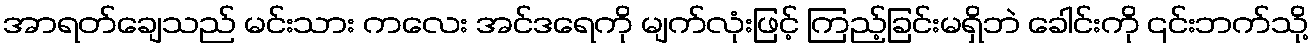
အာရတ်ချေသည် မင်းသား ကလေး အင်ဒရေကို မျက်လုံးဖြင့် ကြည့်ခြင်းမရှိဘဲ ခေါင်းကို ၎င်းဘက်သို့